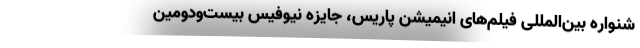
شنواره بین‌المللی فیلم‌های انیمیشن پاریس، جایزه نیوفیس بیست‌ودومین